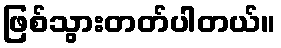
ဖြစ်သွားတတ်ပါတယ်။